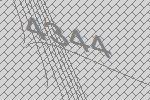
4344